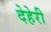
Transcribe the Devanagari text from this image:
देहेरी